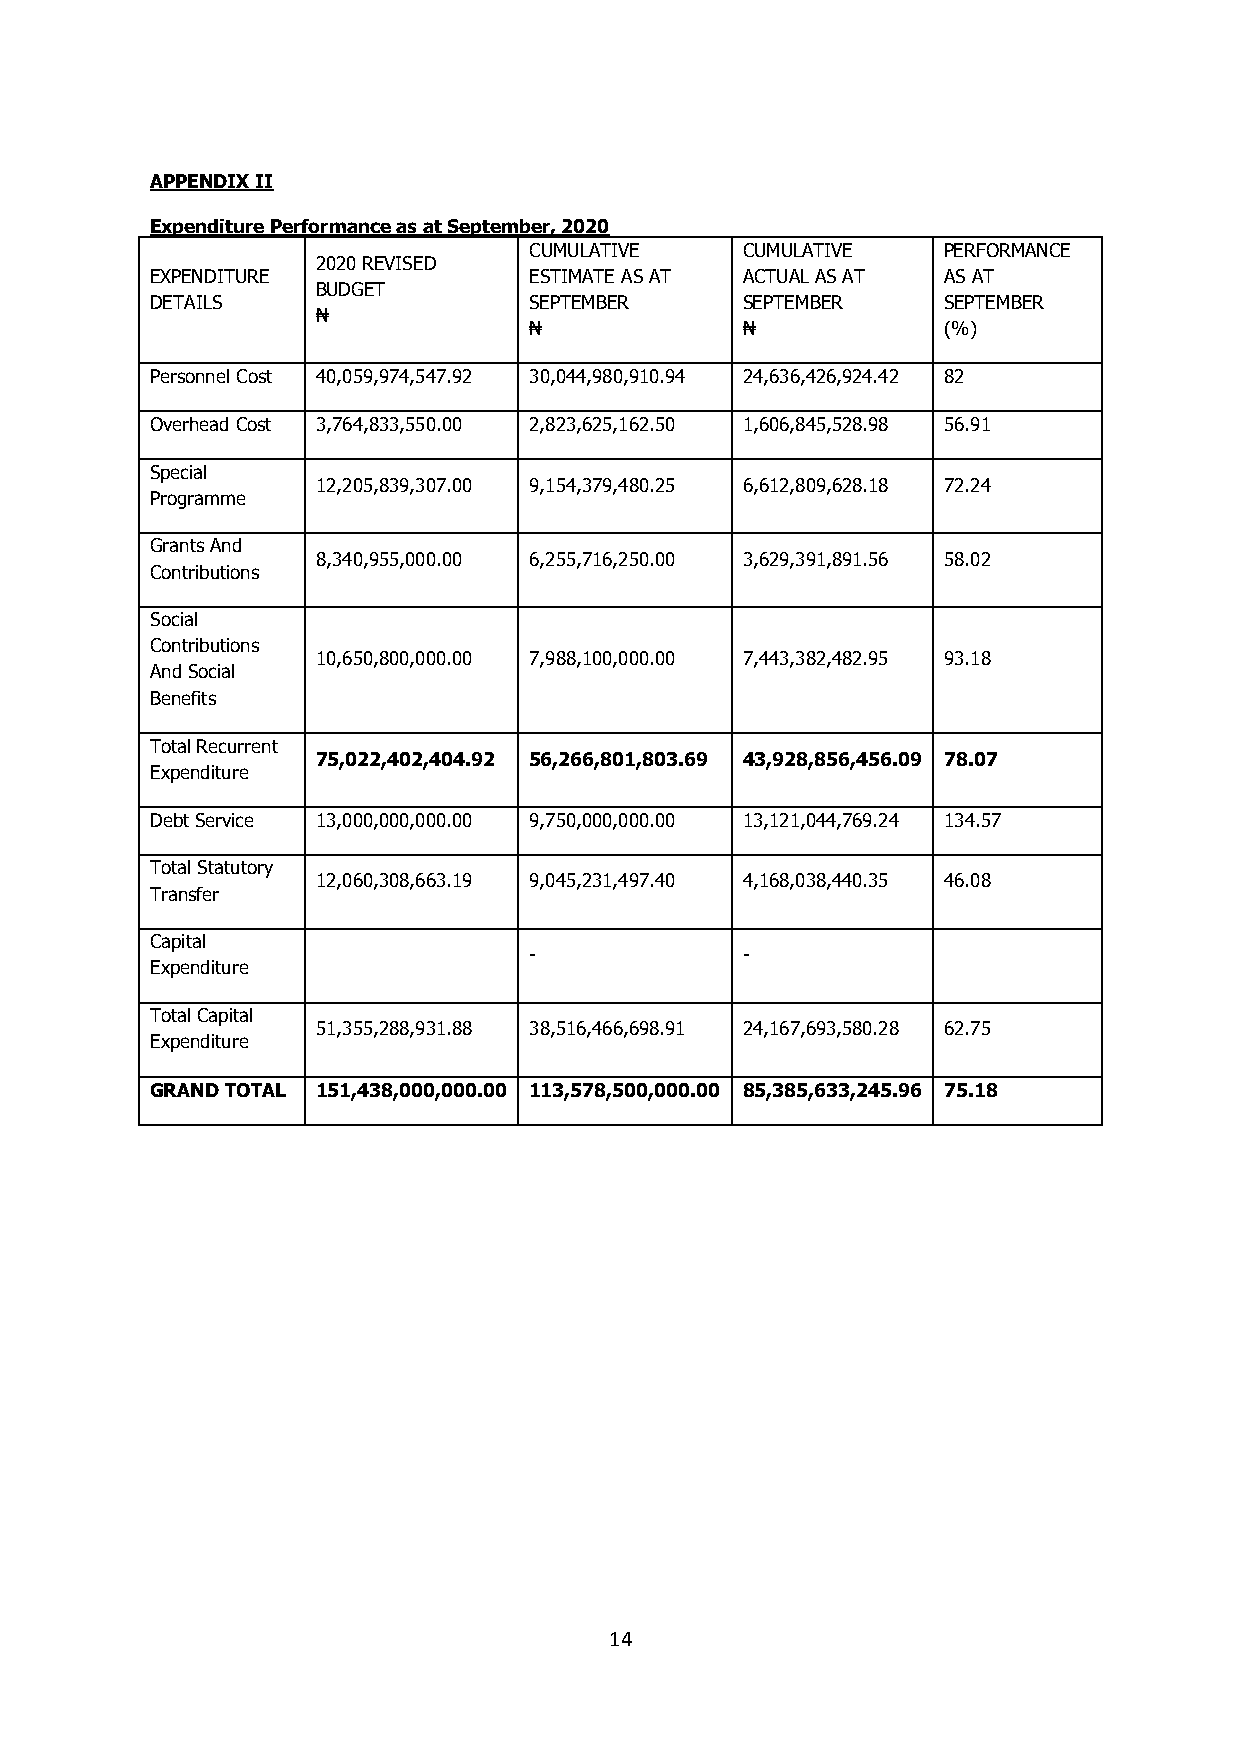
APPENDIX II
 Expenditure Performance as at September, 2020
 CUMULATIVE    CUMULATIVE   PERFORMANCE
 2020 REVISED
 EXPENDITURE              ESTIMATE AS AT ACTUAL AS AT AS AT
 BUDGET
 DETAILS                  SEPTEMBER     SEPTEMBER    SEPTEMBER
 ₦
 ₦             ₦            (%)
 Personnel Cost 40,059,974,547.92 30,044,980,910.94 24,636,426,924.42 82
 Overhead Cost 3,764,833,550.00 2,823,625,162.50 1,606,845,528.98 56.91
 Special
 12,205,839,307.00 9,154,379,480.25 6,612,809,628.18 72.24
 Programme
 Grants And
 8,340,955,000.00 6,255,716,250.00 3,629,391,891.56 58.02
 Contributions
 Social
 Contributions
 10,650,800,000.00 7,988,100,000.00 7,443,382,482.95 93.18
 And Social
 Benefits
 Total Recurrent
 75,022,402,404.92 56,266,801,803.69 43,928,856,456.09 78.07
 Expenditure
 Debt Service 13,000,000,000.00 9,750,000,000.00 13,121,044,769.24 134.57
 Total Statutory
 12,060,308,663.19 9,045,231,497.40 4,168,038,440.35 46.08
 Transfer
 Capital
 -             -
 Expenditure
 Total Capital
 51,355,288,931.88 38,516,466,698.91 24,167,693,580.28 62.75
 Expenditure
 GRAND TOTAL 151,438,000,000.00 113,578,500,000.00 85,385,633,245.96 75.18
 14